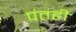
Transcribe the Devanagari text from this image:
पंतंही